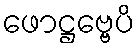
ဖောဋ္ဌဗ္ဗေပိ